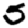
Digit: 5